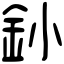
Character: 釥